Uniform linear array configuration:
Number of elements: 4
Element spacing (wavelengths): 1
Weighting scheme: uniform
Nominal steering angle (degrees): -30
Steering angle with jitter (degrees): -30.615
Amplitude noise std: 0.05
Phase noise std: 0.05

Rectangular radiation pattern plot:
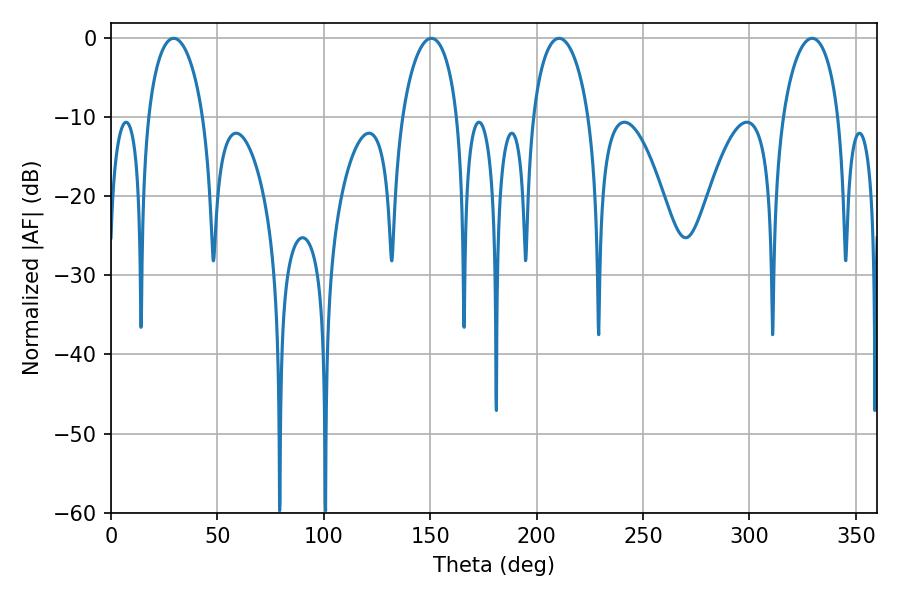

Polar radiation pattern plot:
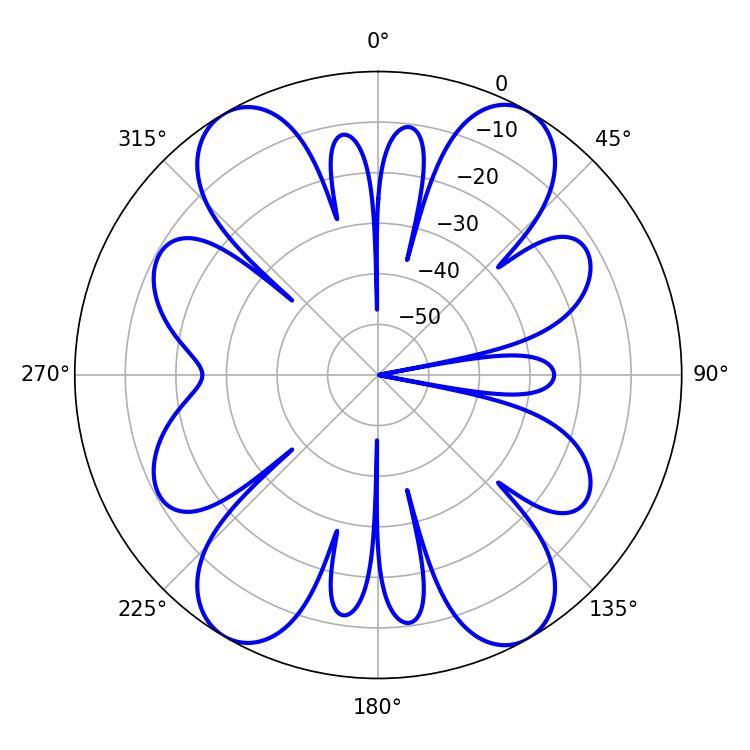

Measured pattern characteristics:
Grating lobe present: TRUE
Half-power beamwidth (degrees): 14.94
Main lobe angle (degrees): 29.52